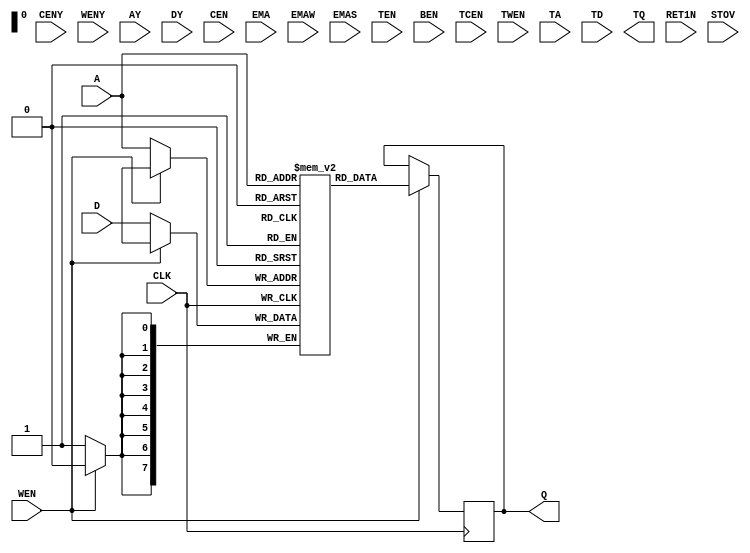
/*simulate real sram*/

module rf_sp_stack(
	input				CENY,
	input				WENY,
	input		[7:0]	AY,
	input		[7:0]	DY,
	output	reg	[7:0]	Q,
	input				CLK,
	input				CEN,
	input				WEN,
	input		[7:0]	A,
	input		[7:0]	D,
	input		[2:0]	EMA,
	input		[1:0]	EMAW,
	input				EMAS,
	input				TEN,
	input				BEN,
	input				TCEN,
	input				TWEN,
	input		[7:0]	TA,
	input		[7:0]	TD,
	output		[7:0]	TQ,
	input				RET1N,
	input				STOV
);

reg		[7:0]	buf_mem[0:255];
integer			i;

always@(posedge CLK) begin
	if(!WEN) begin
		buf_mem[A] <= #1 D;
	end
	else begin
		Q = #1 buf_mem[A];
	end
end

endmodule